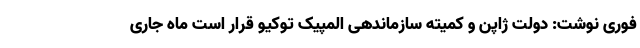
فوری نوشت: دولت ژاپن و کمیته سازماندهی المپیک توکیو قرار است ماه جاری